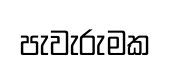
පැවැරුමක